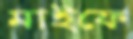
মাইফে